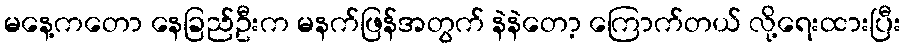
မနေ့ကတော နေခြည်ဦးက မနက်ဖြန်အတွက် နဲနဲတော့ ကြောက်တယ် လို့ရေးထားပြီး